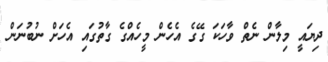
ދިޔައީ މިލާން ނެތް ވާހަކަ ގޭގެ އެހެން މީހެއްގެ ގާތުގައި އެހަށް ނުބުނަން